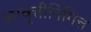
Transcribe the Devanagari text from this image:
आवृत्तीनिमित्त